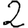
Digit: 2